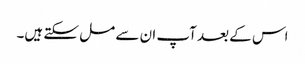
اس کے بعد آپ ان سے مل سکتے ہیں۔